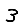
Digit: 3